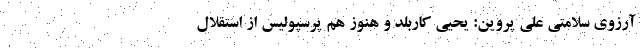
آرزوی سلامتی علی پروین: یحیی کاربلد و هنوز هم پرسپولیس از استقلال